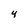
Character: 4